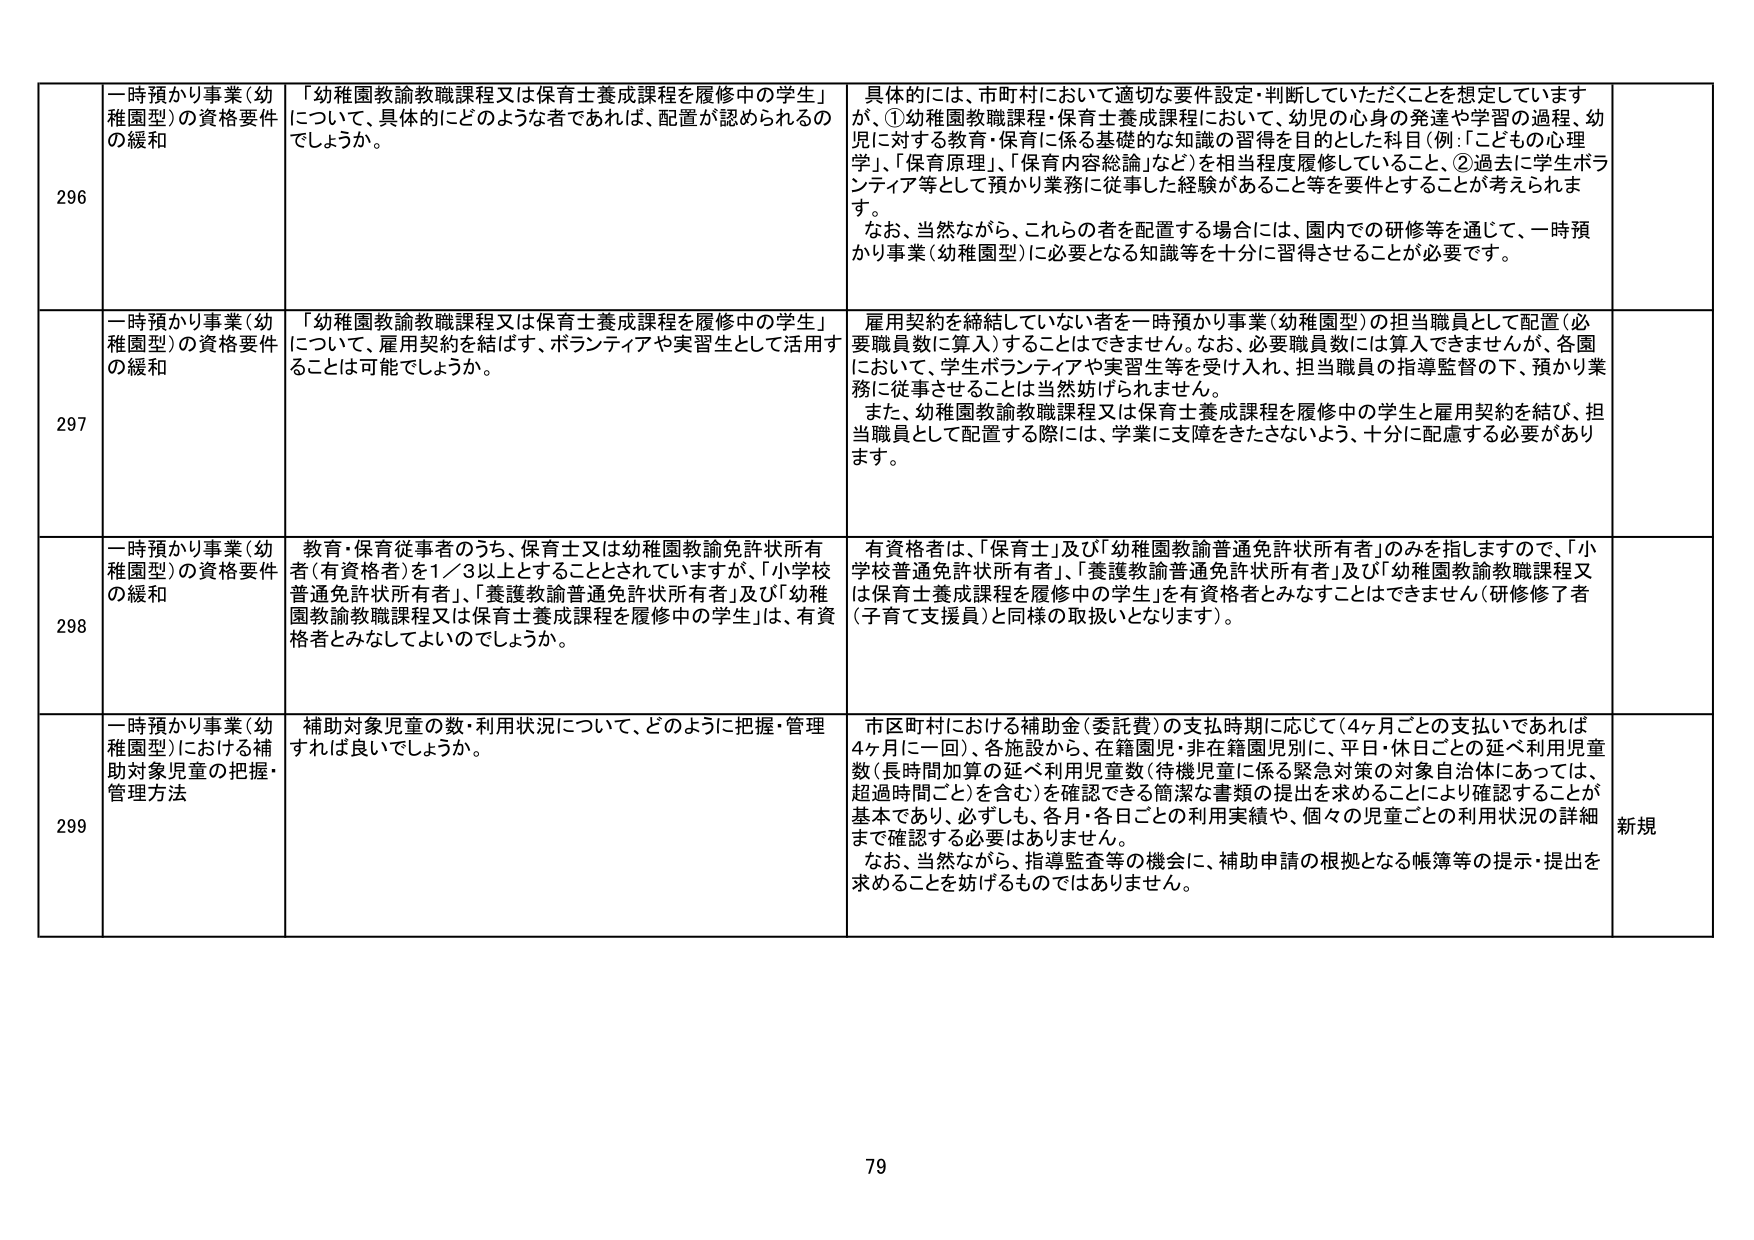
296 一時預かり事業（幼稚園型）の資格要件の緩和 「幼稚園教諭教職課程又は保育士養成課程を履修中の学生」について、具体的にどのような者であれば、配置が認められるのでしょうか。 具体的には、市町村において適切な要件設定・判断していただくことを想定していますが、①幼稚園教諭課程・保育士養成課程において、幼児の心身の発達や学習の過程、幼児に対する教育・保育に係る基礎的な知識の習得を目的とした科目（例：「こどもの心理学」、「保育原理」、「保育内容総論」など）を相当程度履修していること、②過去に学生ボランティア等として預かり業務に従事した経験があること等を要件とすることが考えられます。 なお、当然ながら、これらの者を配置する場合には、園内での研修等を通じて、一時預かり事業（幼稚園型）に必要となる知識等を十分に習得させることが必要です。

297 一時預かり事業（幼稚園型）の資格要件の緩和 「幼稚園教諭教職課程又は保育士養成課程を履修中の学生」について、雇用契約を結ばず、ボランティアや実習生として活用することは可能でしょうか。 雇用契約を締結していない者を一時預かり事業（幼稚園型）の担当職員として配置（必要職員数に算入）することはできません。なお、必要職員数には算入できませんが、各園において、学生ボランティアや実習生等を受け入れ、担当職員の指導監督の下、預かり業務に従事させることは当然妨げられません。 また、幼稚園教諭教職課程又は保育士養成課程を履修中の学生と雇用契約を結び、担当職員として配置する際には、学業に支障をきたさないよう、十分に配慮する必要があります。

298 一時預かり事業（幼稚園型）の資格要件の緩和 教育・保育従事者のうち、保育士又は幼稚園教諭免許状所有者（有資格者）を1／3以上とする 것으로されていますが、「小学校普通免許状所有者」、「養護教諭普通免許状所有者」及び「幼稚園教諭教職課程又は保育士養成課程を履修中の学生」は、有資格者とみなしてよいのでしょうか。 有資格者は、「保育士」及び「幼稚園教諭普通免許状所有者」のみを指しますので、「小学校普通免許状所有者」、「養護教諭普通免許状所有者」及び「幼稚園教諭教職課程又は保育士養成課程を履修中の学生」を有資格者とみなすことはできません（研修修了者（子育て支援員）と同様の取扱いとなります）。

299 一時預かり事業（幼稚園型）における補助対象児童の把握・管理方法 補助対象児童の数・利用状況について、どのように把握・管理すれば良いでしょうか。 市区町村における補助金（委託費）の支払時期に応じて（4ヶ月ごとの支払いであれば4ヶ月に一回）、各施設から、在籍園児・非在籍園児別に、平日・休日ごとの延べ利用児童数（長時間加算の延べ利用児童数（待機児童に係る緊急対策の対象自治体にあっては、超過時間ごと）を含む）を確認できる簡潔な書類の提出を求めることにより確認することが基本であり、必ずしも、各月・各日ごとの利用実績や、個々の児童ごとの利用状況の詳細まで確認する必要はありません。 なお、当然ながら、指導監査等の機会に、補助申請の根拠となる帳簿等の提示・提出を求めることを妨げるものではありません。 新規

79